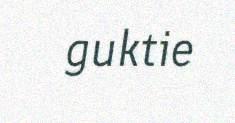
guktie